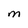
Character: M